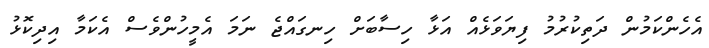
އެހެންކަމުން ދަތިކުރުމު ފިޔަވަޅެއް އަޅާ ހިސާބަށް ހިނގައްޖެ ނަމަ އެމީހުންވެސް އެކަމާ އިދިކޮޅު